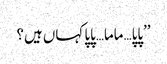
’’پاپا…ماما…پاپا کہاں ہیں؟